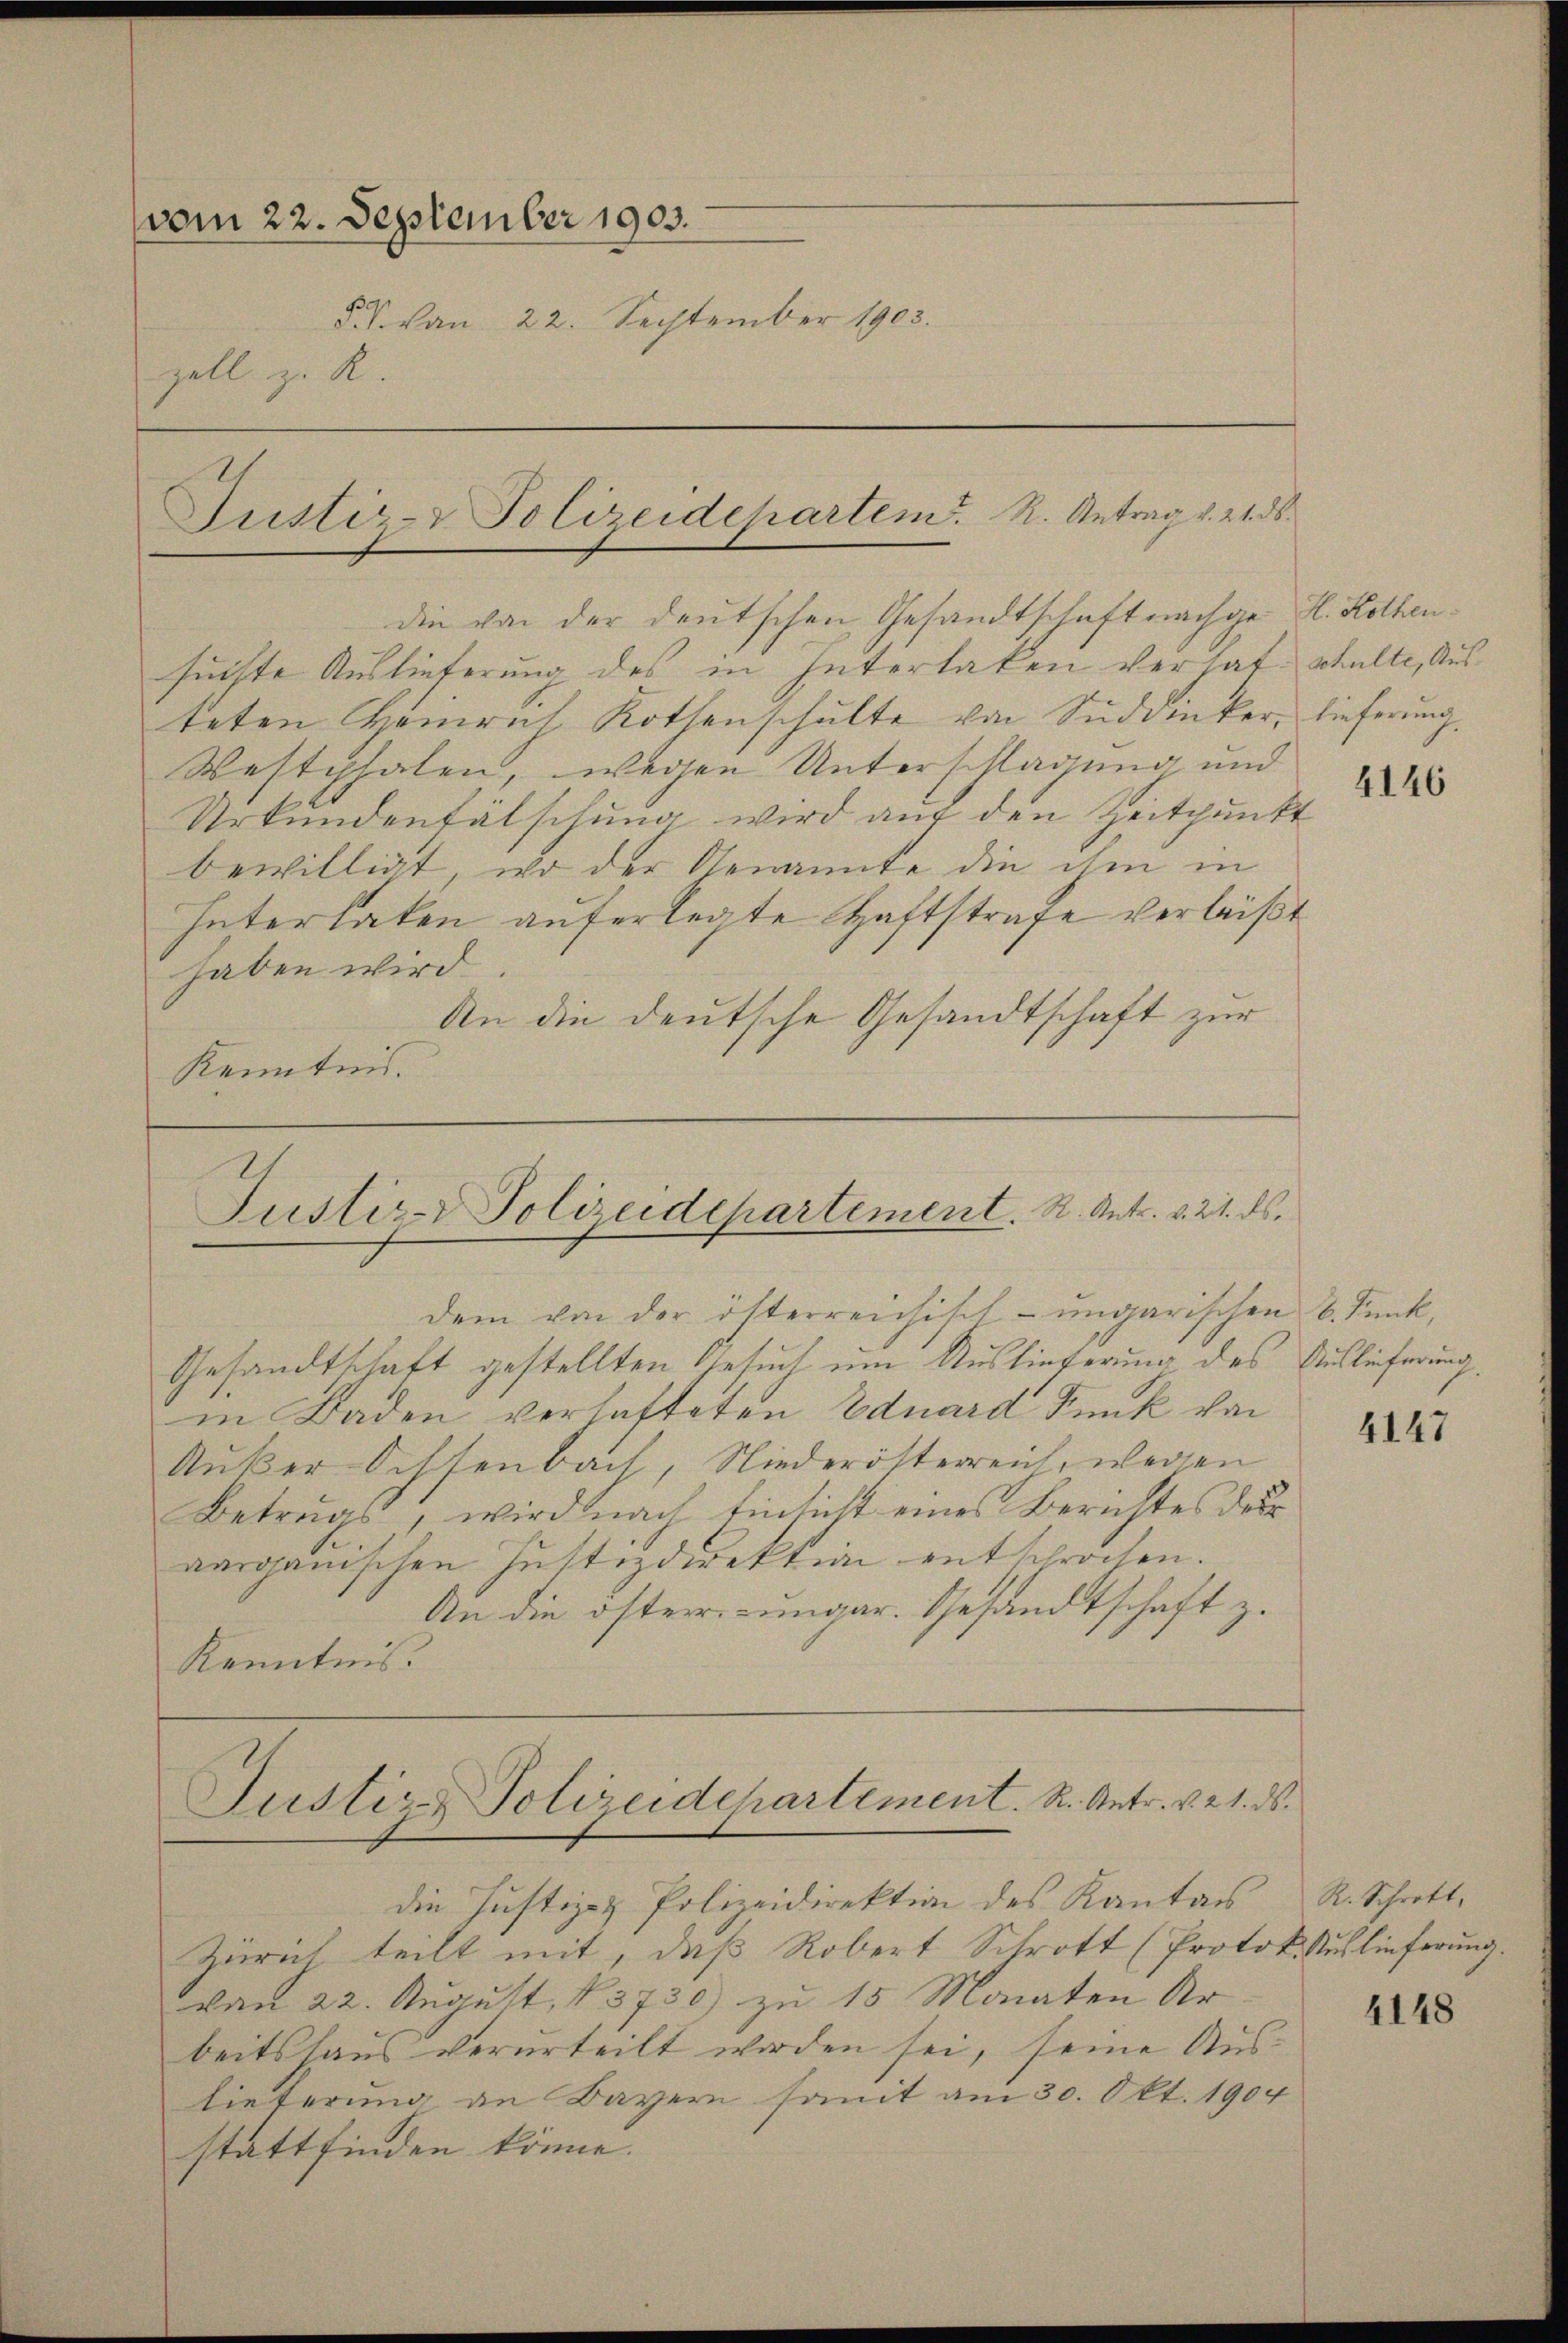
vom 22. September 1903.
5 V. von 22. September 1903.
zell z. R.
Justiz-Polizeidepartem. R. Antrag v. 21. ds.

suchte Auslieferung des in Interlaken verhat, walte, Austeten Heinrich Rothenschulte von Süddiker, lieferung.
Westphalen, wegen Unterschlagung und
Urkundenfälschung wird auf den Zeitpunkt
bewilligt, wo der Genannte die ihm in
Intertaten auferlegte Haftstrafe verleist
haben wird.
An die deutsche Gesandtschaft zur
Kenntnis.

die von der deutschen Gesandtschaft nachge H. Rothen¬

Justiz- Polizeidepartement. R. Antr. v. 21. ds.
dem von der öfterreichisch-ungarischen 6. Funk,

Gesandtschaft gestellten Gesuch um Auslieferung des Auslieferung.
in Baden verhafteten Eduard Funk von
Anker Ochsenbach, Niederötterreich, wegen
Betrugs, wird nach Einsicht eines Berichtes der
aargauischen Justizdirektion entsprochen.
An die öster ungar. Gesandtschaft z.
Kenntnis.

Justiz & Polizeidchartement. R. Antr. v. 21. ds.
die Justiz- & Polizeidirektion des Kanton

Zürich teilt mit, daß Robert Schrott (Protok. Auslieferung.
von 22. August 13730) zu 15 Monaten Ar
beitshaus verurteilt worden sei, seine Auslieferung an Bayern somit am 30. Okt. 1904
stattfinden könne.

4146

4147

R. Schrott,

4148